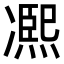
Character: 𠘑